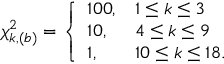
\chi _ { k , ( b ) } ^ { 2 } = \left\{ \begin{array} { l l } { { 1 0 0 , } } & { { 1 \leq k \leq 3 } } \\ { { 1 0 , } } & { { 4 \leq k \leq 9 } } \\ { { 1 , } } & { { 1 0 \leq k \leq 1 8 . } } \end{array} \right.